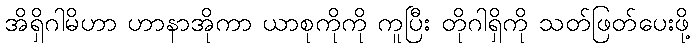
အိရှိဂါမိဟာ ဟာနာအိုကာ ယာစုကိုကို ကူပြီး တိုဂါရှိကို သတ်ဖြတ်ပေးဖို့